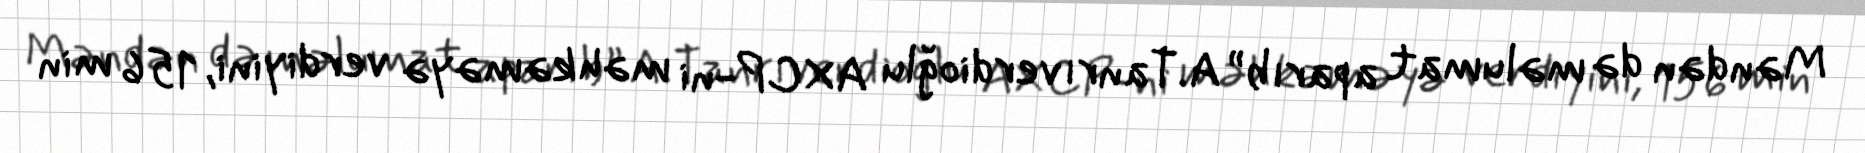
Məndən də məlumat aparıb” A.Tanrıverdioğlu AXCP-ni məhkəməyə verdiyini, 156 min